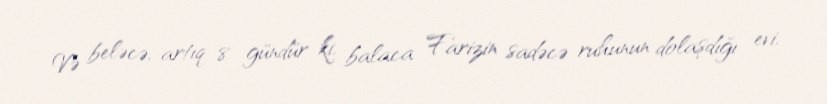
Və beləcə, artıq 8 gündür ki, balaca Farizin sadəcə ruhunun dolaşdığı evi,